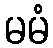
မမံ